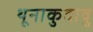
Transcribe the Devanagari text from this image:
थूनाकुदावु